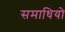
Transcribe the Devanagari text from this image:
समाधियो